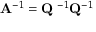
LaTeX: \mathbf { A } ^ { - 1 } = \mathbf { Q } \mathbf { \Lambda } ^ { - 1 } \mathbf { Q } ^ { - 1 }